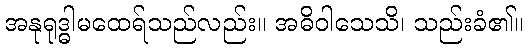
အနုရုဒ္ဓါမထေရ်သည်လည်း။ အဓိဝါသေသိ၊ သည်းခံ၏။